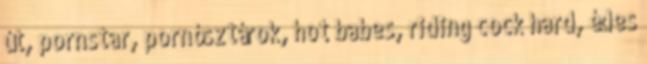
út, pornstar, pornósztárok, hot babes, riding cock hard, édes